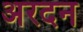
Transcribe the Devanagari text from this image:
अरदन